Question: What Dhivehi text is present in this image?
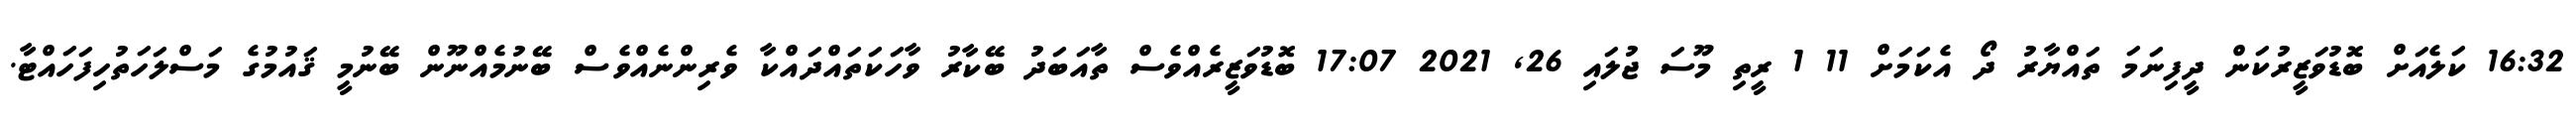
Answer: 16:32 ކަލެއަށް ބޮޑުވަޒީރުކަން ދީފިނަމަ ތައްޔާރު ދޯ އެކަމަށް 11 1 ރީތި މޫސަ ޖުލައި 26, 2021 17:07 ބޮޑުވަޒީރެއްވެސް ތާއަބަދު ބޭކާރު ވާހަކަތައްދައްކާ ވެރިންނެއްވެސް ބޭނުމެއްނޫން ބޭނުމީ ޤައުމުގެ މަސްލަހަތުހިފަހައްޓާ.